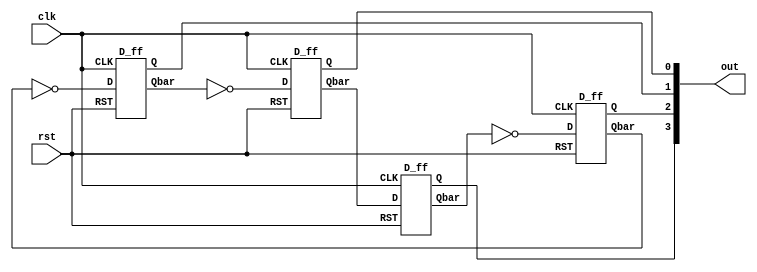
`timescale 1ns / 1ps

module Johnson_Counter(clk,rst,out);
   input rst,clk;
	output [3:0]out;
	
	wire outbar[0:3];
	
	
	
	D_ff d1(outbar[0],clk,rst,out[3],outbar[3]);
	D_ff d2(~outbar[3],clk,rst,out[2],outbar[2]);
	D_ff d3(~outbar[2],clk,rst,out[1],outbar[1]);
	D_ff d4(~outbar[1],clk,rst,out[0],outbar[0]);
	
endmodule

module D_ff(D,CLK,RST,Q,Qbar);

  input D,CLK,RST;
  output reg Q;
  output Qbar;
  
  initial begin
     Q<=1'b0;
	end
  assign Qbar=~Q;
  
  always @(posedge CLK or posedge RST)
    begin 
	   if(RST==1)
		  Q <= 1'b0;
		else
		  Q <= D;
	 end
endmodule